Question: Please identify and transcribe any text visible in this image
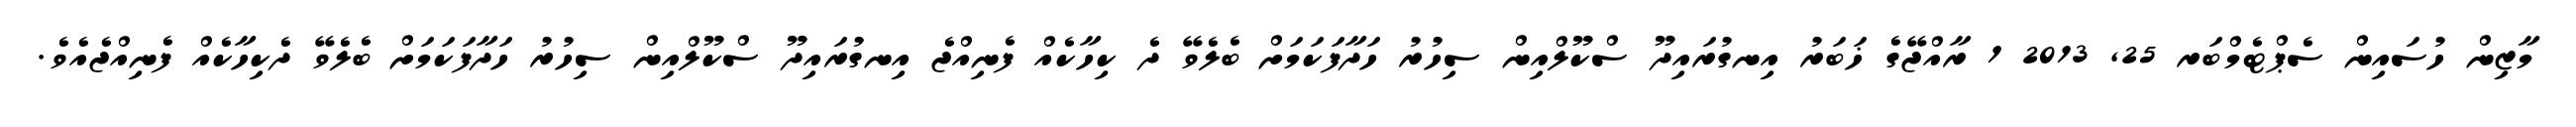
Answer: މާޒިން ހުސައިން ސެޕްޓެމްބަރ 25, 2013 1 ރާއްޖޭގެ ޚަބަރު އިނގުރައިދޫ ސްކޫލްއިން ސިހުރު ހަދާފަކަމަށް ބެލެވޭ ދެ ކިހާކެއް ފެނިއްޖެ އިނގުރައިދޫ ސްކޫލްއިން ސިހުރު ހަދާފަކަމަށް ބެލެވޭ ދެކިހާކެއް ފެނިއްޖެއެވެ.